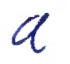
Text: a
Cross-out: clean
Writing tool: ballpoint